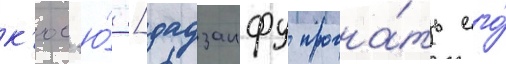
к'юс'ю́ [дадзаифу прогна́ть его́